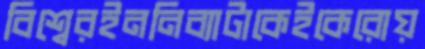
বিশ্বেরইননিব্যাটাকেইকেরোয়